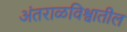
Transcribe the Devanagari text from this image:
अंतराळविश्वातील